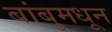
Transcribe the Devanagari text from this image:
बांबुमधून